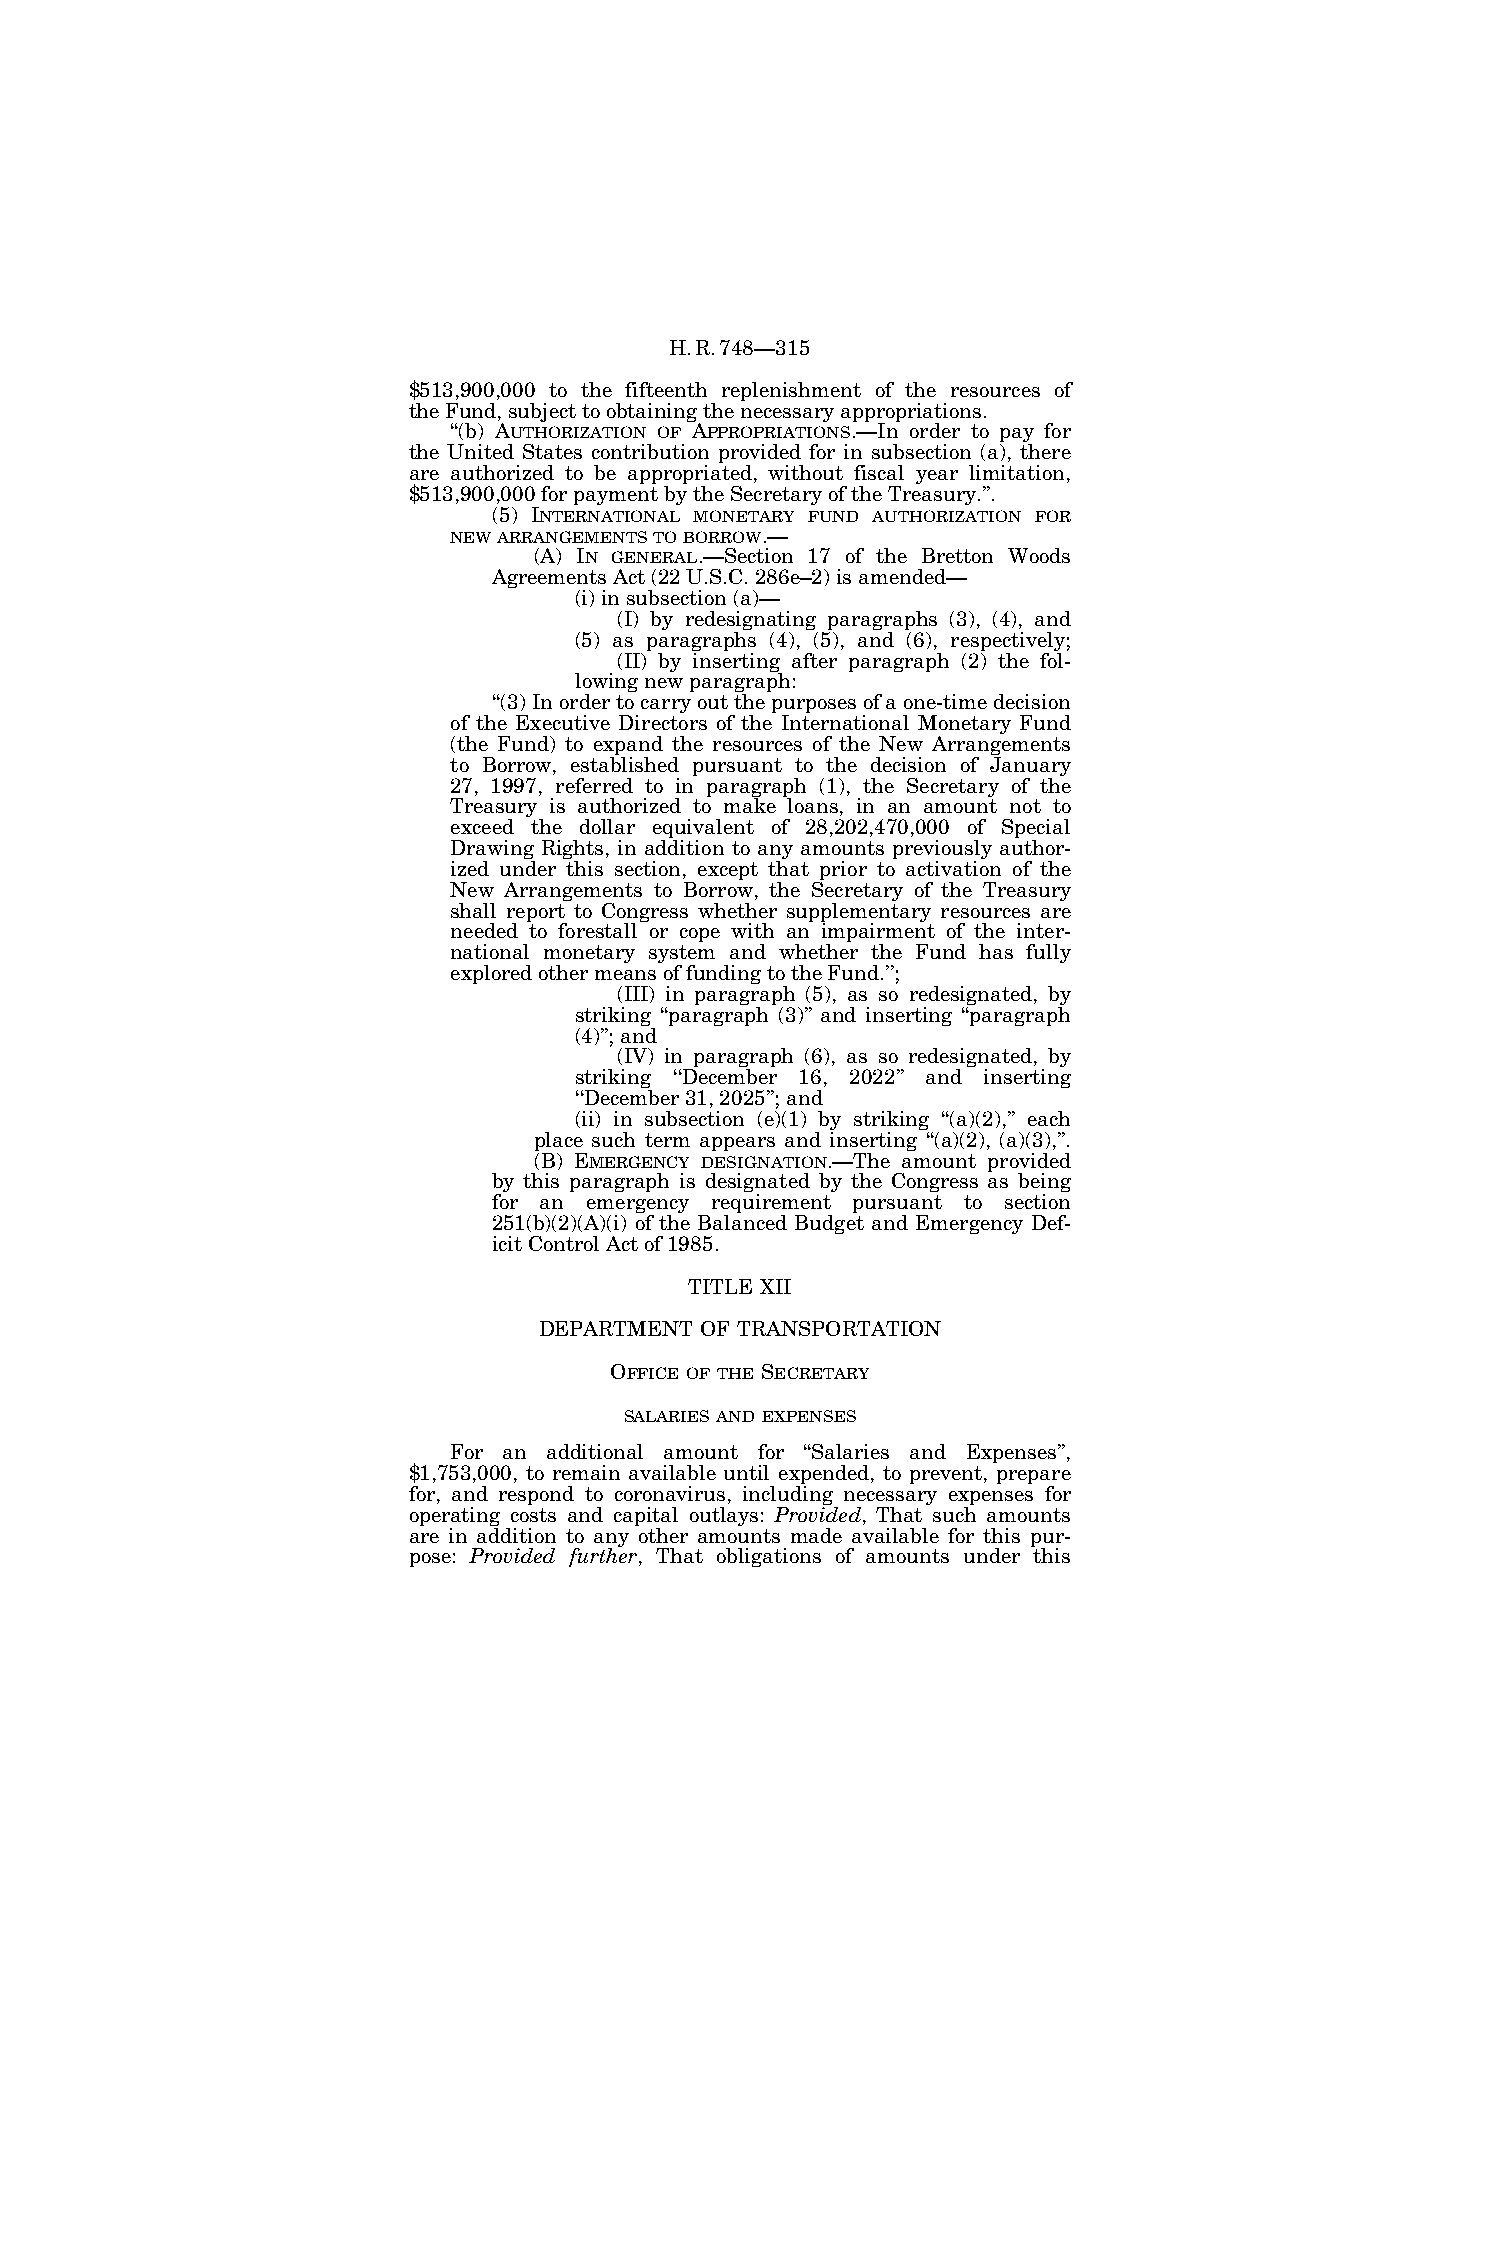
H.R.748—315
 $513,900,000 to the fifteenth replenishment of the resources of
 the Fund, subject to obtaining the necessary appropriations.
 ‘‘(b) AUTHORIZATION OF APPROPRIATIONS.—In order to pay for
 the United States contribution provided for in subsection (a), there
 are authorized to be appropriated, without fiscal year limitation,
 $513,900,000 for payment by the Secretary of the Treasury.’’.
 (5) INTERNATIONAL MONETARY FUND AUTHORIZATION FOR
 NEWARRANGEMENTSTOBORROW.—
 (A) IN GENERAL.—Section 17 of the Bretton Woods
 Agreements Act (22 U.S.C. 286e–2) is amended—
 (i) in subsection (a)—
 (I) by redesignating paragraphs (3), (4), and
 (5) as paragraphs (4), (5), and (6), respectively;
 (II) by inserting after paragraph (2) the fol-
 lowing new paragraph:
 ‘‘(3) In order to carry out the purposes of a one-time decision
 of the Executive Directors of the International Monetary Fund
 (the Fund) to expand the resources of the New Arrangements
 to Borrow, established pursuant to the decision of January
 27, 1997, referred to in paragraph (1), the Secretary of the
 Treasury is authorized to make loans, in an amount not to
 exceed the dollar equivalent of 28,202,470,000 of Special
 Drawing Rights, in addition to any amounts previously author-
 ized under this section, except that prior to activation of the
 New Arrangements to Borrow, the Secretary of the Treasury
 shall report to Congress whether supplementary resources are
 needed to forestall or cope with an impairment of the inter-
 national monetary system and whether the Fund has fully
 explored other means of funding to the Fund.’’;
 (III) in paragraph (5), as so redesignated, by
 striking ‘‘paragraph (3)’’ and inserting ‘‘paragraph
 (4)’’; and
 (IV) in paragraph (6), as so redesignated, by
 striking ‘‘December 16, 2022’’ and inserting
 ‘‘December 31, 2025’’; and
 (ii) in subsection (e)(1) by striking ‘‘(a)(2),’’ each
 place such term appears and inserting ‘‘(a)(2), (a)(3),’’.
 (B) EMERGENCY DESIGNATION.—The amount provided
 by this paragraph is designated by the Congress as being
 for an emergency requirement pursuant to section
 251(b)(2)(A)(i) of the Balanced Budget and Emergency Def-
 icit Control Act of 1985.
 TITLE XII
 DEPARTMENT OF TRANSPORTATION
 OFFICE OF THE SECRETARY
 SALARIES AND EXPENSES
 For an additional amount for ‘‘Salaries and Expenses’’,
 $1,753,000, to remain available until expended, to prevent, prepare
 for, and respond to coronavirus, including necessary expenses for
 operating costs and capital outlays: Provided, That such amounts
 are in addition to any other amounts made available for this pur-
 pose: Provided further, That obligations of amounts under this